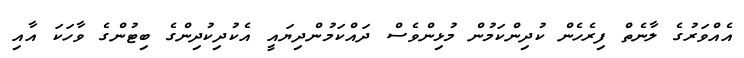
އެއްވަރުގެ ލާނެތް ފިރެހެން ކުދިންކަމުން މުޅިންވެސް ދައްކަމުންދިޔައީ އެކުދިކުދިންގެ ބިޓުންގެ ވާހަކަ އާއި